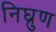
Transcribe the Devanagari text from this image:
निघ्रुण